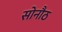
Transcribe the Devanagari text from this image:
सोनौठ